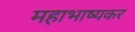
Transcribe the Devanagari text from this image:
महाभाष्यकर